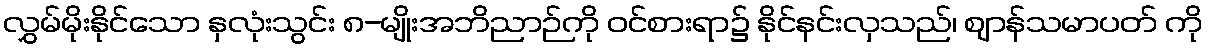
လွှမ်မိုးနိုင်သော နှလုံးသွင်း ၈-မျိုးအဘိညာဉ်ကို ဝင်စားရာ၌ နိုင်နင်းလှသည်၊ ဈာန်သမာပတ် ကို